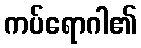
ကပ်ရောဂါ၏